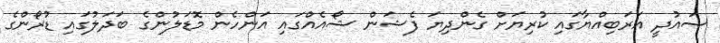
ސައުދީ އަރަބިއްޔާގައި ކުރިޔަށް ގެންދިޔަ ފެޝަން ޝޯއެއްގައި އަންހެން މޮޑަލުންގެ ބަދަލުގައި ޑުރޯންގެ